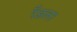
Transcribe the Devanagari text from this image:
रँडला